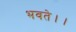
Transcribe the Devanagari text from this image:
भवते।।